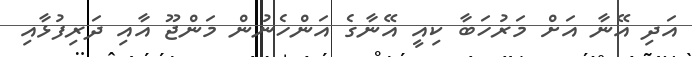
އަދި އޭނާ އަށް މަރުހަބާ ކިއީ އޭނާގެ އަންހެނުން މަންޖޫ އާއި ދަރިފުޅާއި